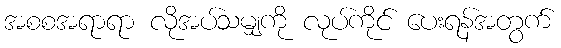
အစစအရာရာ လိုအပ်သမျှကို လုပ်ကိုင် ပေးရန်အတွက်